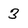
Character: 3